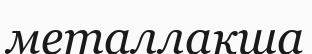
металлақша